Report of the Bombay Plague Committee
Disease focus: Plague
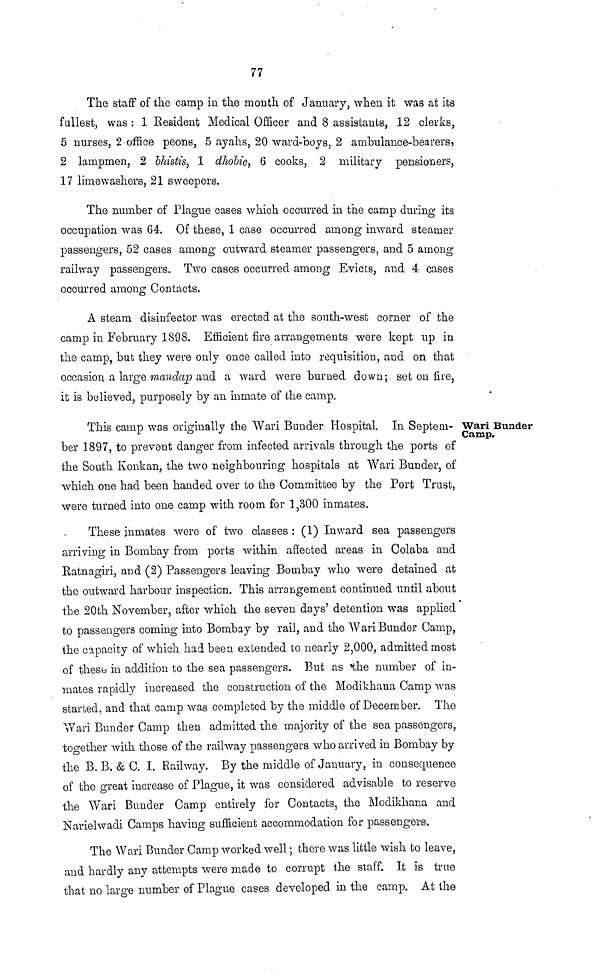
77
The staff of the camp in the month of January, when it. was at its
fullest, was : 1 Resident Medical Officer and 8 assistants, 12 clerks,
5 nurses, 2 office peons, 5 ayahs, 20 ward-boys, 2 ambulance-bearers,
2 lampmen, 2 bhistis, 1 dhobie, 6 cooks, 2 military pensioners,
17 limewashers, 21 sweepers.
The number of Plague cases which occurred in the camp during its
occupation was 64. Of these, 1 case occurred among inward steamer
passengers, 52 cases among outward steamer passengers, and 5 among
railway passengers. Two cases occurred among Evicts, and 4 cases
occurred among Contacts.
A steam disinfector was erected at the south-west corner of the
camp in February 1898. Efficient fire arrangements were kept up in
the camp, but they were only once called into requisition, and on that
occasion a large mandap and a ward were burned down; set on fire,
it is believed, purposely by an inmate of the camp.
Wari Bunder
Camp.
This camp was originally the Wari Bunder Hospital, In Septem-
ber 1897, to prevant danger from infected arrivals through the ports of
the South Konkan, the two neighbouring hospitals at Wari Bunder, of
which one had been handed over to the Committee by the Port Trust,
were turned into one camp with room for 1,300 inmates.
These inmates were of two classes : (1) Inward sea passengers
arriving in Bombay from ports within afiected areas in Colaba and
Ratnagiri, and (2) Passengers leaving Bombay who were detained at
the outward harbour inspection. This arrangement continued until about
the 20th November, after which the seven days' detention was applied
to passengers coming into Bombay by rail, and the Wari Bunder Camp,
the capacity of which had been extended to nearly 2,000, admitted most
of these in addition to the sea passengers. But as the number of in-
mates rapidly increased the construction of the Modikhana Camp was
started, and that camp was completed by the middle of December. The
Wari Bunder Camp then admitted the majority of the sea passengers,
together with those of the railway passengers who arrived in Bombay by
the B. B. & C. I. Railway. By the middle of January, in consequence
of the great increase of Plague, it was considered advisable to reserve
the Wari Bunder Camp entirely for Contacts, the Modikhana and
Narielwadi Camps having sufficient accommodation for passengers.
The Wari Bunder Camp worked well ; there was little wish to leave,
and hardly any attempts were made to corrupt the staff. It is true
that no large number of Plague cases developed in the camp. At the